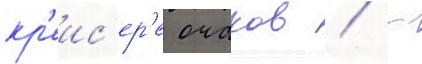
кр'еис'ер'е очаков / -